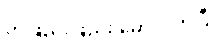
တဖြည်းဖြည်း မှောင်လာပြီ။